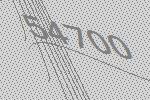
54700